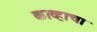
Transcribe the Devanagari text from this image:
काव्हाचा